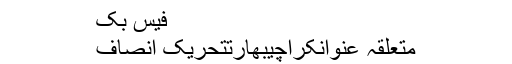
فیس بک
متعلقہ عنوانکراچیبھارتتحریک انصاف